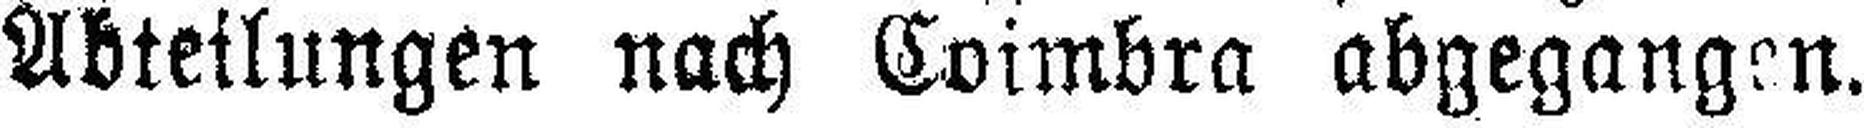
Abteilungen nach Coimbra abgegangen.